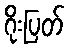
ဂိုးပြတ်